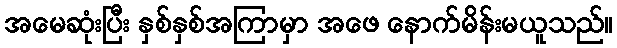
အမေဆုံးပြီး နှစ်နှစ်အကြာမှာ အဖေ နောက်မိန်းမယူသည်။